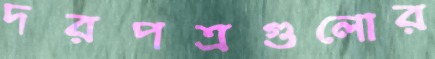
দরপত্রগুলোর